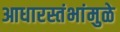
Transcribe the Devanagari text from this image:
आधारस्तंभांमुळे